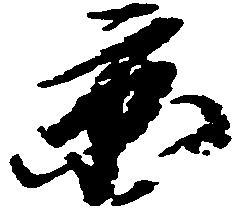
京